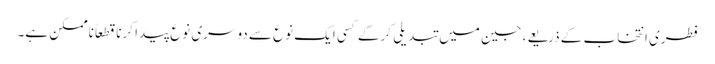
فطری انتخاب کے ذریعے، جین میں تبدیلی کرکے کسی ایک نوع سے دوسری نوع پیدا کرنا قطعاً ناممکن ہے۔